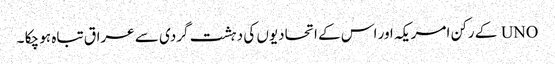
UNO کے رکن امریکہ اور اس کے اتحادیوں کی دہشت گردی سے عراق تباہ ہو چکا ۔